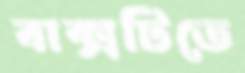
বাক্সটিতে